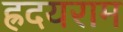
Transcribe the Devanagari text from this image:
ह्रदयराम